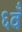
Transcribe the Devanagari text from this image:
६वँ